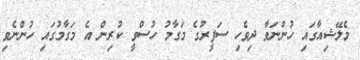
މެލޭޝިއާގައި ހުންނަވާ ދިވެހި ސަފީރުގެ މަގާމު ހުސްވީ ކުރިން އެ މަގާމުގައި ހުންނެވި